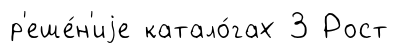
р'еше́н'иjе катало́гах 3 Рост